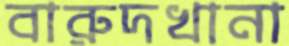
বারুদখানা